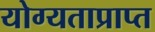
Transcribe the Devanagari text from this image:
योग्यताप्राप्त